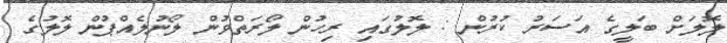
ލޮލަށް ބަލީގެ އަސަރު ކުރުން : ލޮލުގައި ރިހުން ލޯރަތްވުން ލޯނުލެއްޕުން ލޮލުގެ